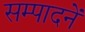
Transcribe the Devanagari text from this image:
सम्पादनें